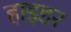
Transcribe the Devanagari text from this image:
हाइडर